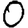
Digit: 0